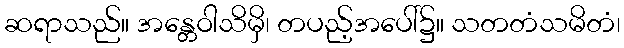
ဆရာသည်။ အန္တေဝါသိမှိ၊ တပည့်အပေါ်၌။ သတတံသမိတံ၊